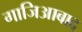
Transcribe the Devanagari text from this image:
गाजिआबाद